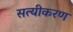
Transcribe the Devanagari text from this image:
सत्यीकरण